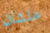
علشان